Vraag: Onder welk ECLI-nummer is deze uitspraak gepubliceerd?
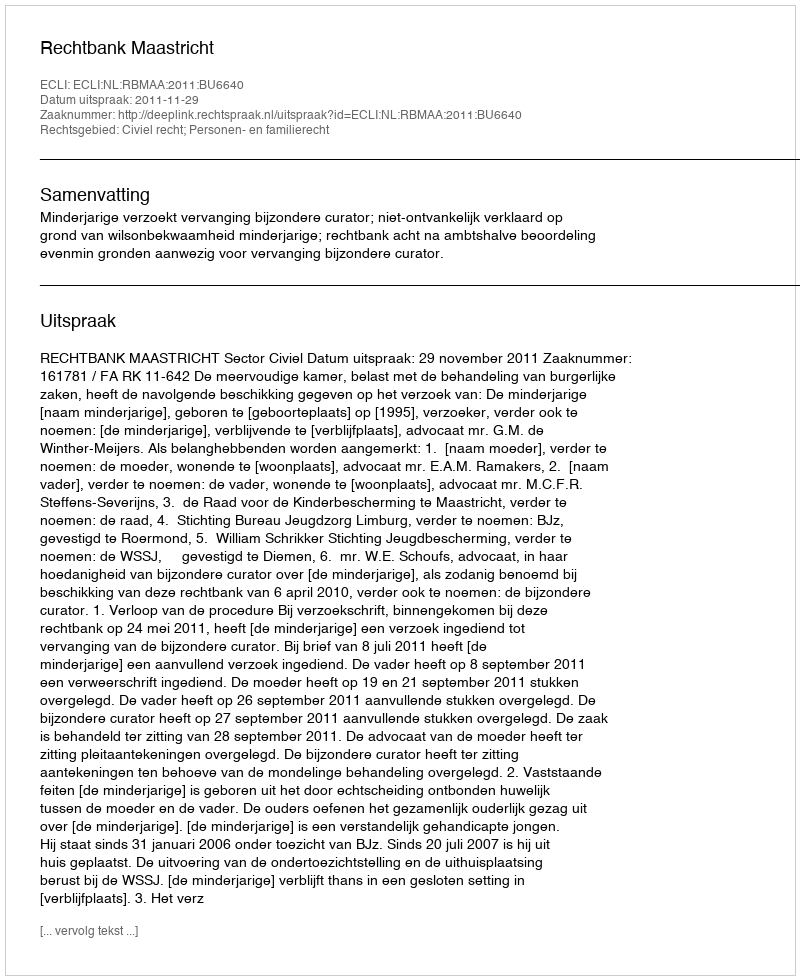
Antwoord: ECLI:NL:RBMAA:2011:BU6640